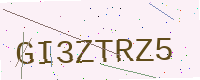
Text: GI3ZTRZ5